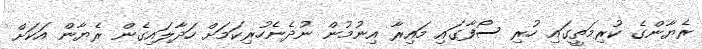
ރެޔާންގެ ކުރިމަތީގައި ހުރި ސޯފާގައި މައިރާ އިނުމުން ނުދެނެހުރިކަމަށް ހަދާލައިގެން ރެޔާން އަކަށް